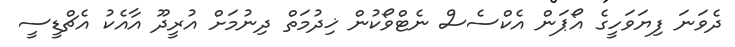
ދެވަނަ ފިޔަވަހީގެ އޯޕަން އެކްސެސް ނެޓްވޯކުން ޚިދުމަތް ދިނުމަށް އުރީދޫ އާއެކު އެޗްޑީސީ